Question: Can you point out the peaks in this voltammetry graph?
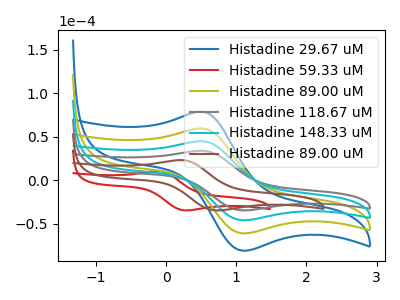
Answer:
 <answer>The blue curve "Histadine 29.67 uM" has an anodic peak at (0.50V, 134.60uA) and a cathodic peak at (1.10V, -138.40uA). The red curve "Histadine 59.33 uM" has an anodic peak at (-0.10V, 10.65uA) and a cathodic peak at (0.25V, -34.80uA). The olive curve "Histadine 89.00 uM" has an anodic peak at (0.50V, 89.75uA) and a cathodic peak at (1.10V, -92.25uA). The gray curve "Histadine 118.67 uM" has an anodic peak at (0.50V, 33.85uA) and a cathodic peak at (1.10V, -34.80uA). The cyan curve "Histadine 148.33 uM" has an anodic peak at (0.50V, 44.85uA) and a cathodic peak at (1.10V, -46.15uA). The brown curve "Histadine 89.00 uM" has an anodic peak at (0.20V, 23.10uA) and a cathodic peak at (0.70V, -34.80uA).</answer>
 <eval></eval>